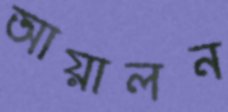
আয়ালন